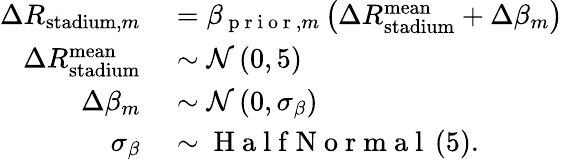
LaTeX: \begin{array}{rl}{\Delta R_{\mathrm{stadium},m}}&{{}=\beta_{\mathrm{~p~r~i~o~r~},m}\left(\Delta R_{\mathrm{stadium}}^{\mathrm{mean}}+\Delta\beta_{m}\right)}\\ {\Delta R_{\mathrm{stadium}}^{\mathrm{mean}}}&{{}\sim\mathcal{N}\left(0,5\right)}\\ {\Delta\beta_{m}}&{{}\sim\mathcal{N}\left(0,\sigma_{\beta}\right)}\\ {\sigma_{\beta}}&{{}\sim\mathrm{~H~a~l~f~N~o~r~m~a~l~}\left(5\right).}\end{array}